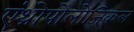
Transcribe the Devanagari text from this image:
एंथ्रोपोलोजिकल